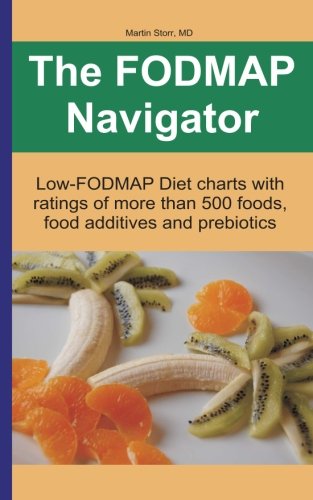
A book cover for The FODMAP Navigator: Low-FODMAP Diet charts with ratings of more than 500 foods, food additives and prebiotics; Martin Storr; Health, Fitness & Dieting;